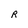
Character: R